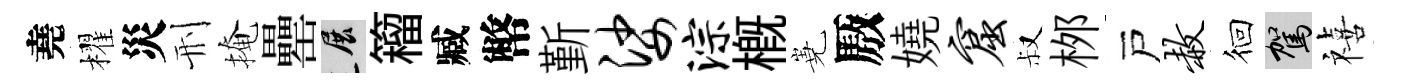
堯櫂災刑掩罍展籕臧幣斳娑淙概嶤厫嬈窟叔桞戸赦徊駕禧